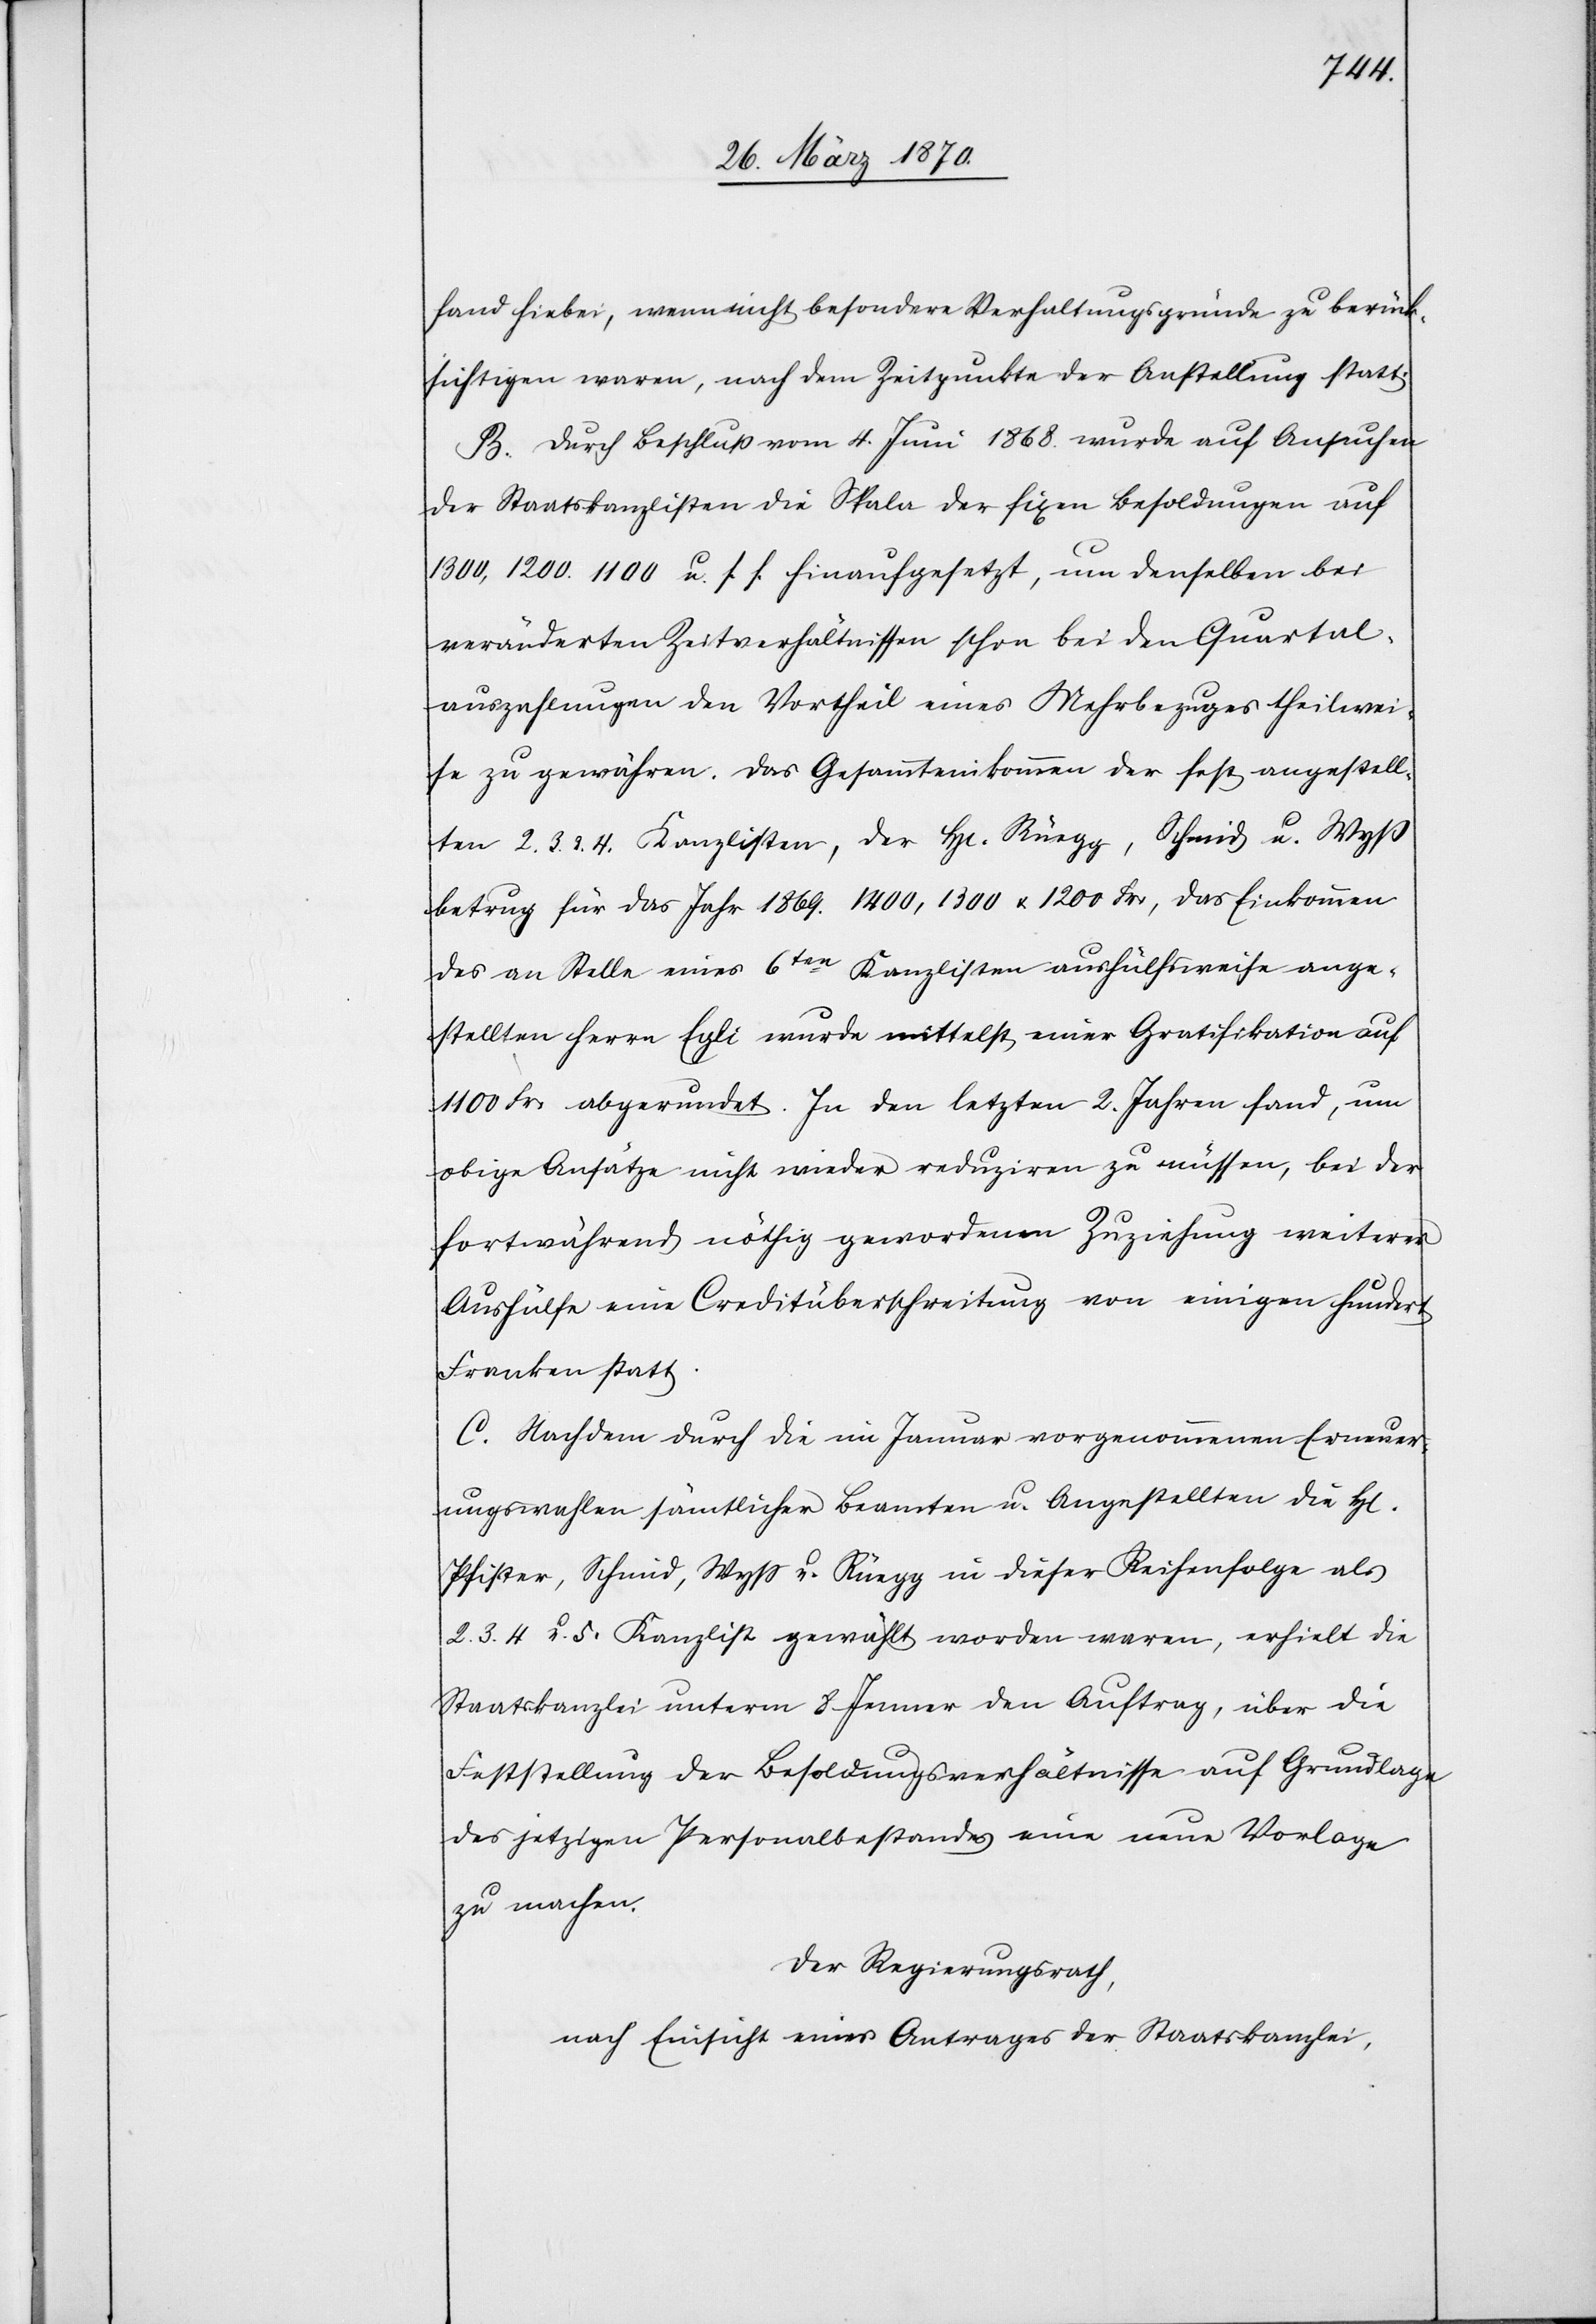
fand hiebei, wenn nicht besondere Verhaltungsgründe zu berück¬
sichtigen waren, nach dem Zeitpunkte der Anstellung statt.
B. Durch Beschluß vom 4. Juni 1868. wurde auf Ansuchen
der Staatskanzlisten die Skala der fixen Besoldungen auf
1300, 1200. 1100 u. s. f. hinaufgesetzt, um denselben bei
veränderten Zeitverhältnissen schon bei den Quartal¬
auszahlungen den Vortheil eines Mehrbezuges theilwei¬
se zu gewähren. Das Gesammteinkommen der fest angestell¬
ten 2. 3. & 4. Kanzlisten, der H[erren] Rüegg, Schmid u. Wyß
betrug für das Jahr 1869. 1400, 1300 & 1200 Fr:, das Einkommen
des an Stelle eines 6ten Kanzlisten aushülfsweise ange¬
stellten Herrn Egli wurde mittelst einer Gratifikation auf
1100 Fr: abgerundet [sic!]. In den letzten 2. Jahren fand, um
obige Ansätze nicht wieder reduziren zu müssen, bei der
fortwährend nöthig gewordenen Zuziehung weiterer
Aushülfe eine Creditüberschreitung von einigen hundert
Franken statt.
C. Nachdem durch die im Januar vorgenommenen Erneuer¬
ungswahlen sämtlicher Beamten u. Angestellten die H[erren]
Pfister, Schmid, Wyß u. Rüegg in dieser Reihenfolge als
2. 3. 4 u. 5. Kanzlist gewählt worden waren, erhielt die
Staatskanzlei unterm 8 Jenner den Auftrag, über die
Feststellung der Besoldungsverhältnisse auf Grundlage
des jetzigen Personalbestandes eine neue Vorlage
zu machen.
Der Regierungsrath,
nach Einsicht eines Antrages der Staatskanzlei